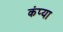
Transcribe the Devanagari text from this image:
कंप्या